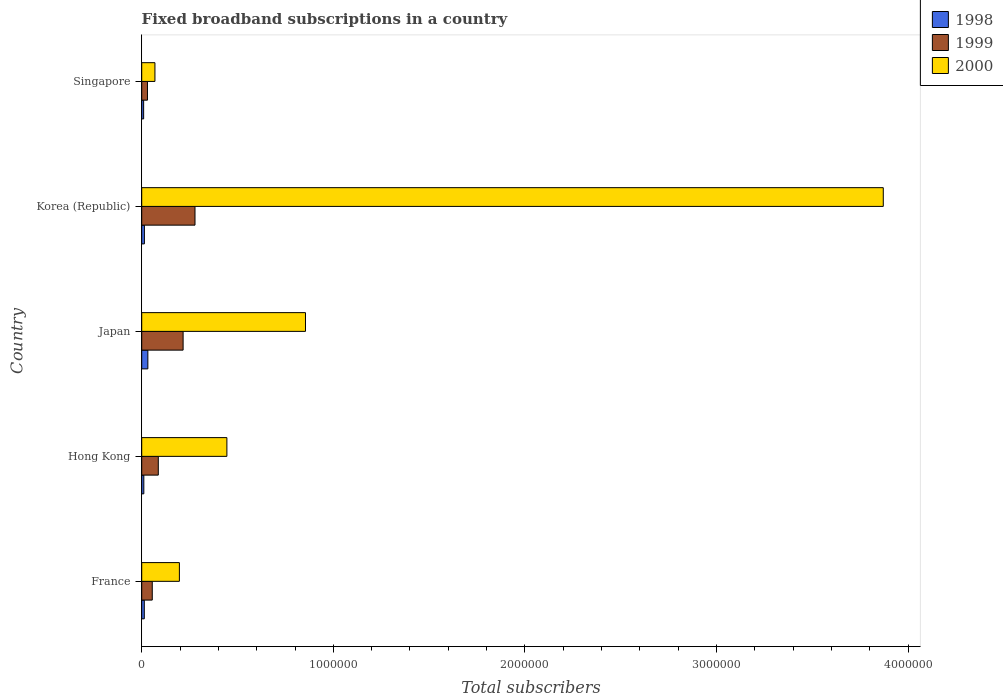
| Country | 1998 | 1999 | 2000 |
 | --- | --- | --- | --- |
 | France | 1.35e+04 | 5.5e+04 | 1.97e+05 |
 | Hong Kong | 1.1e+04 | 8.65e+04 | 4.44e+05 |
 | Japan | 3.2e+04 | 2.16e+05 | 8.55e+05 |
 | Korea (Republic) | 1.4e+04 | 2.78e+05 | 3.87e+06 |
 | Singapore | 1e+04 | 3e+04 | 6.9e+04 |